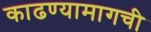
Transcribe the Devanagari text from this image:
काढण्यामागची